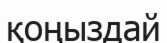
қоңыздай